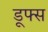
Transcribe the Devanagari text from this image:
डूफ्स